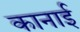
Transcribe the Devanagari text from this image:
कानाई